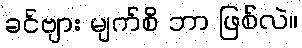
ခင်ဗျား မျက်စိ ဘာ ဖြစ်လဲ။